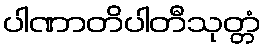
ပါဏာတိပါတီသုတ္တံ